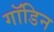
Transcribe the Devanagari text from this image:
गॉडिन